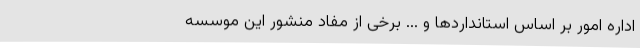
اداره امور بر اساس استانداردها و ... برخی از مفاد منشور این موسسه